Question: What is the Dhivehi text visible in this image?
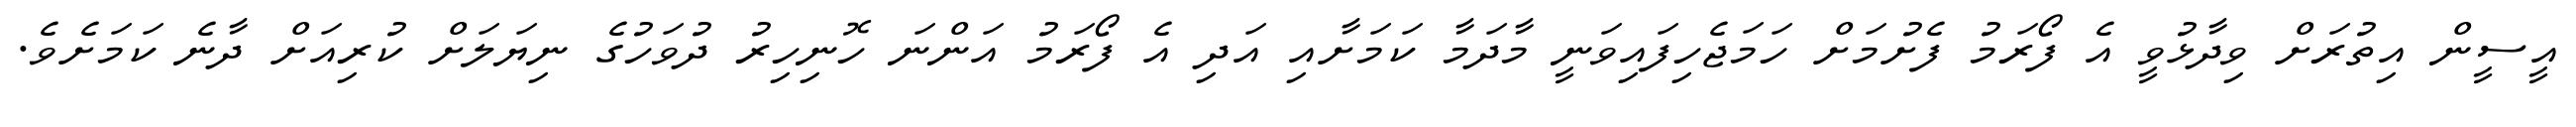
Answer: އީސީން އިތުރަށް ވިދާޅުވީ އެ ފޯރަމު ފެށުމަށް ހަމަޖެހިފައިވަނީ މާދަމާ ކަމަށާއި އަދި އެ ފޯރަމު އަންނަ ހޮނިހިރު ދުވަހުގެ ނިޔަލަށް ކުރިއަށް ދާނެ ކަމަށެވެ.